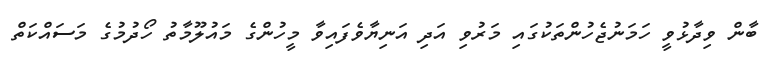
ބާން ވިދާޅުވީ ހަމަނުޖެހުންތަކުގައި މަރުވި އަދި އަނިޔާވެފައިވާ މީހުންގެ މައުލޫމާތު ހޯދުމުގެ މަސައްކަތް